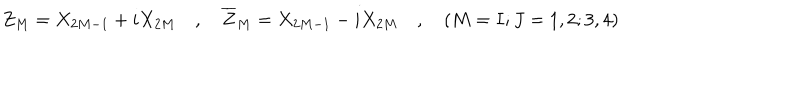
LaTeX: Z _ { M } = X _ { 2 M - 1 } + i X _ { 2 M } \quad , \quad \overline { { { Z } } } _ { M } = X _ { 2 M - 1 } - i X _ { 2 M } \quad , \quad ( M = I ; J = 1 , 2 ; 3 , 4 )